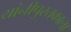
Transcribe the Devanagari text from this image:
यांनीपुस्तकाला